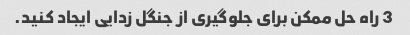
3 راه حل ممکن برای جلوگیری از جنگل زدایی ایجاد کنید.